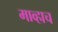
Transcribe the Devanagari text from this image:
माव्हाच